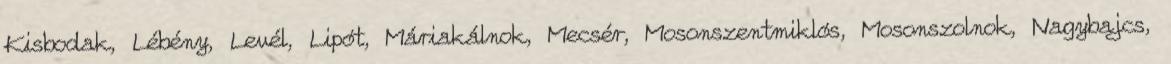
Kisbodak, Lébény, Levél, Lipót, Máriakálnok, Mecsér, Mosonszentmiklós, Mosonszolnok, Nagybajcs,